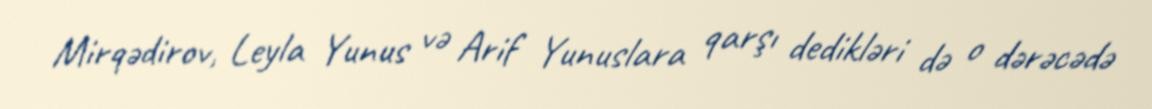
Mirqədirov, Leyla Yunus və Arif Yunuslara qarşı dedikləri də o dərəcədə